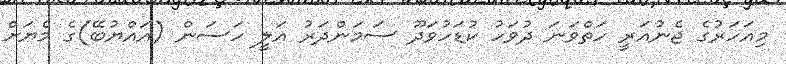
މިއަހަރުގެ ޖެނުއަރީ ހަތްވަނަ ދުވަހު ކުޑަހުވަދޫ ސަމަންދަރު އަލީ ހަސަން (އައްޔުބޭ)ގެ މެޔަށް